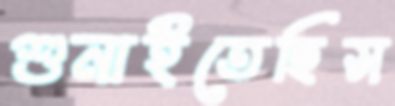
শুনাইতেছিস